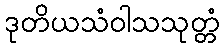
ဒုတိယသံဝါသသုတ္တံ